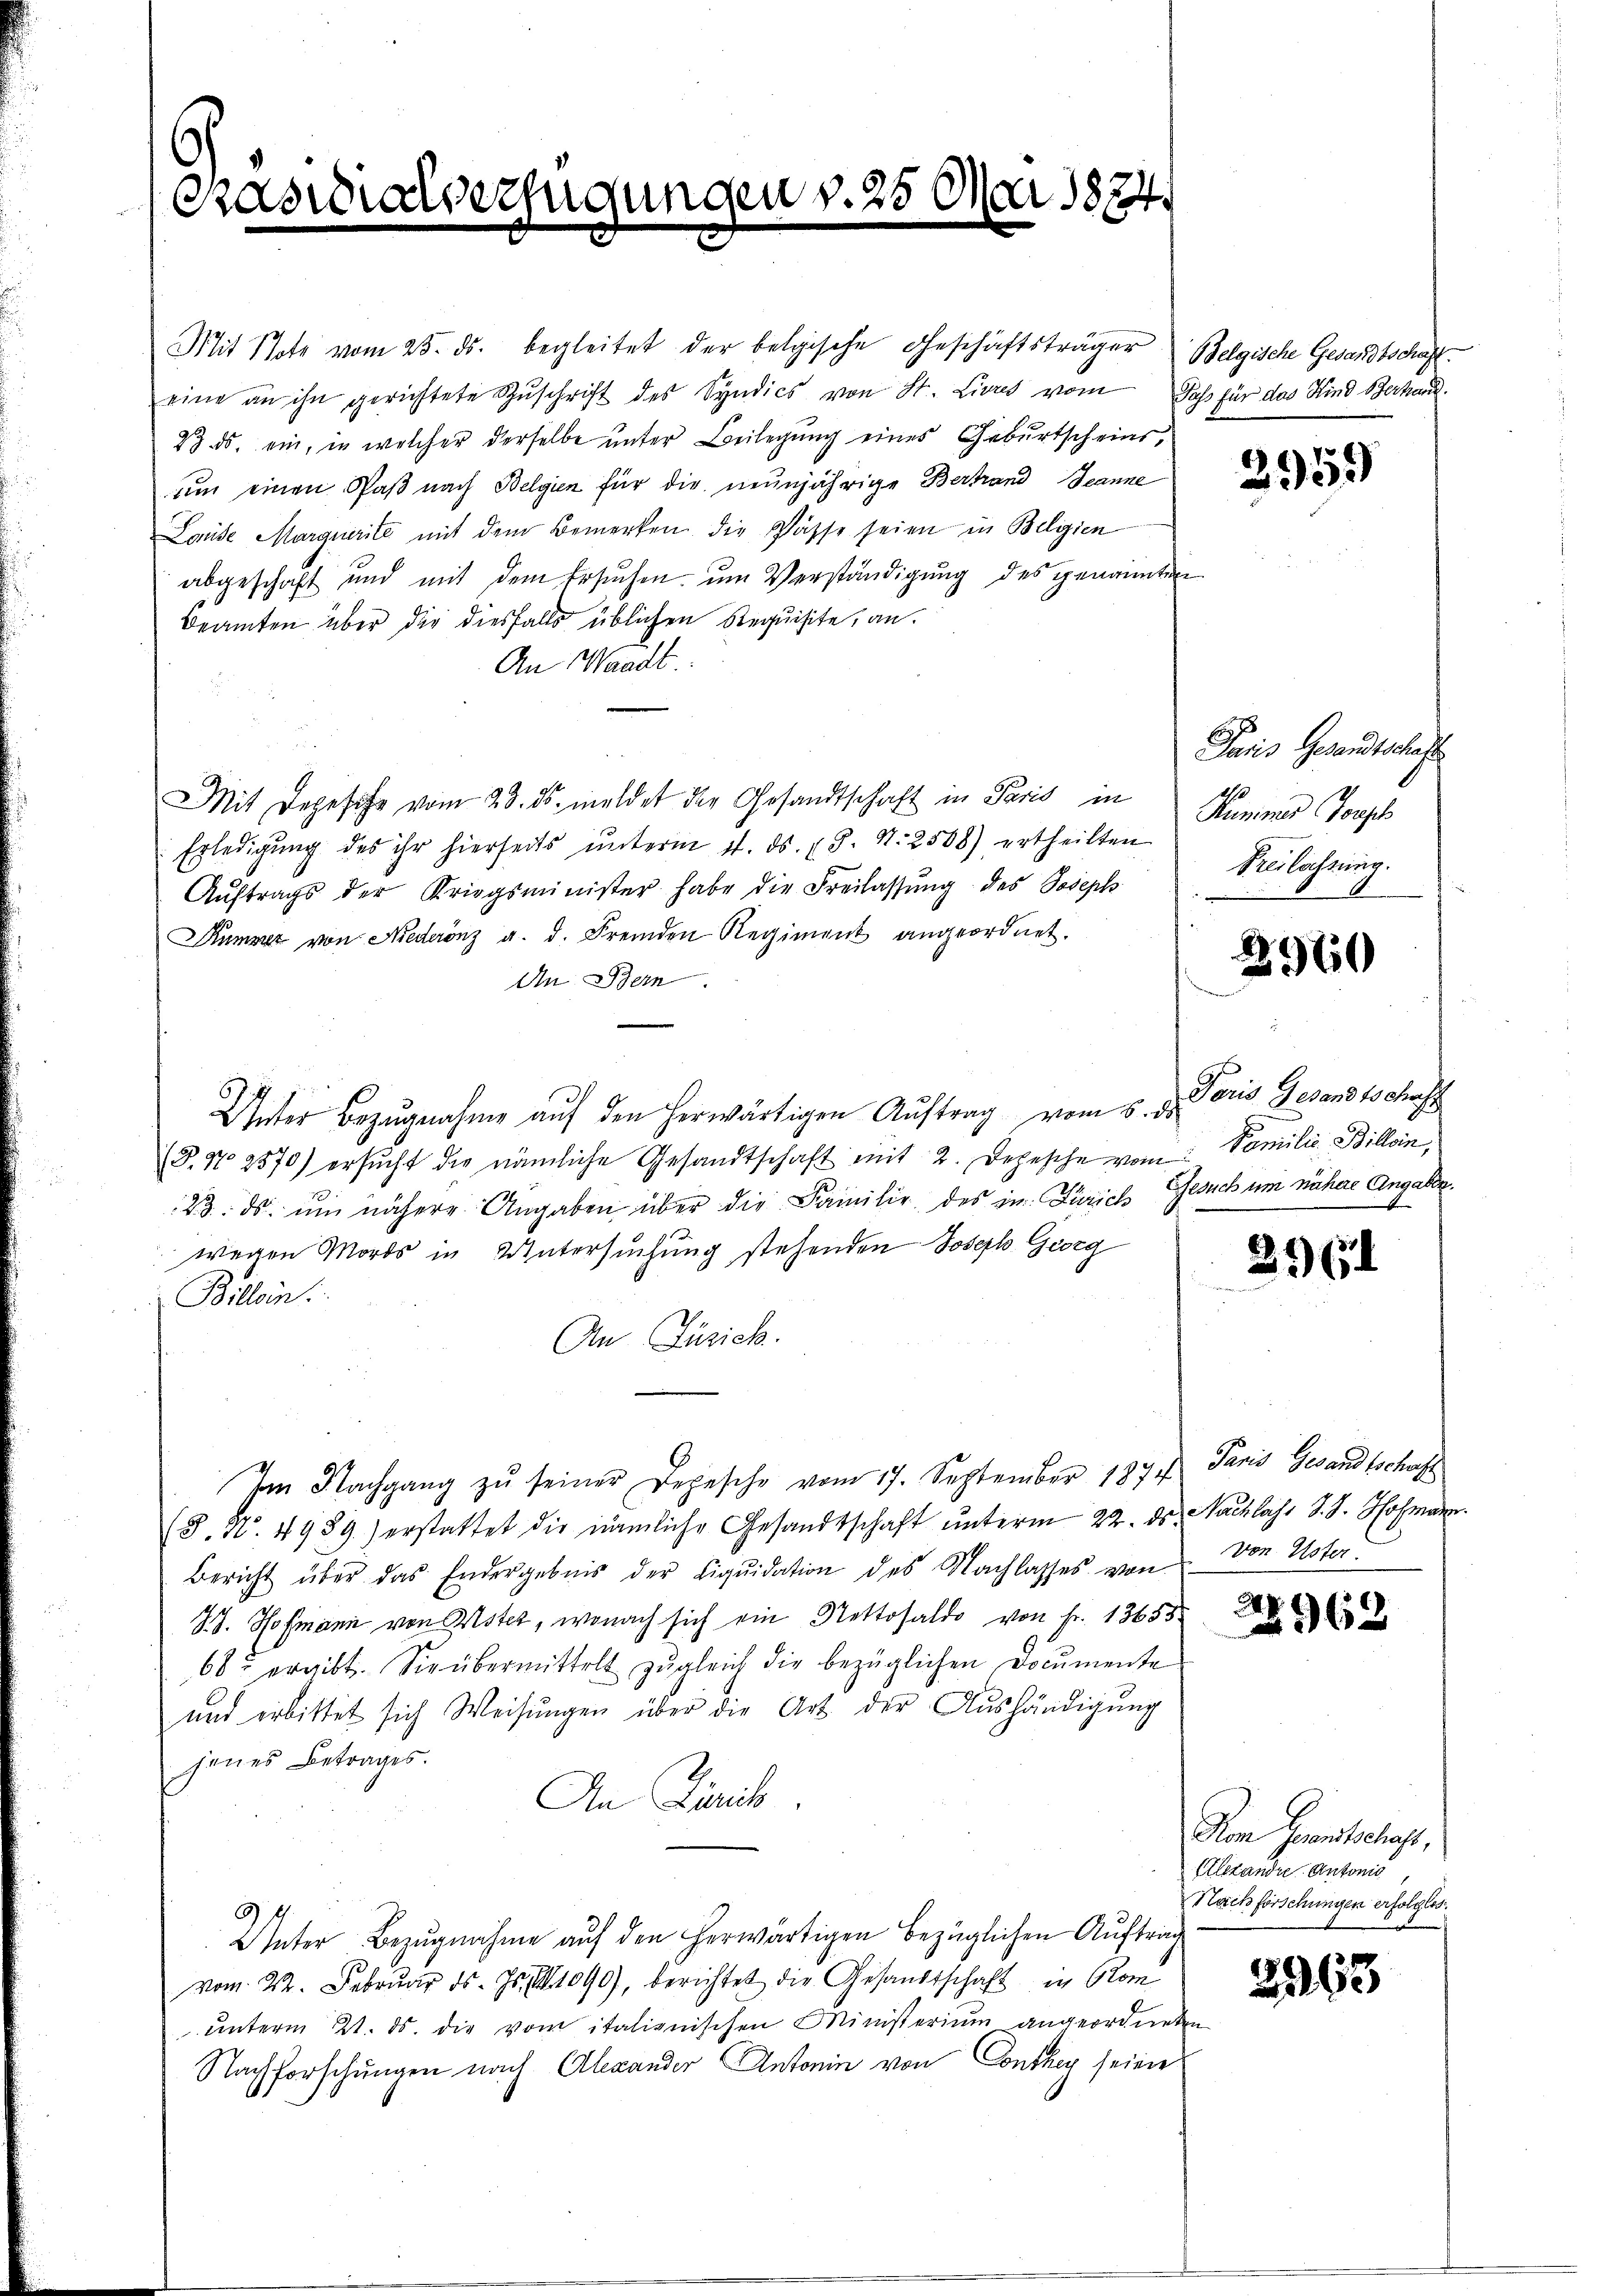
¬
Brasialserse

jungen v. 25 Mai 1874.

Mit Note vom 25. ds. begleitet der belgische Geschäftsträger Belgische Gesandtschaft
eine an ihn gerichtete Zŭschrift des Syndics von St. Livres vom Jass für das Kind Verhand
23. ds. ein, in welcher derselbe unter Beilegung eines Geburtscheins,
um einen Paß nach Belgien für die neunjährige Bertrand Jeanne
Lande Marguerite mit dem Bemerken die Pässe seien in Beligien
abgeschaft und mit dem Ersuchen um Verständigung des genannten
Beamten über der diesfalls üblichen Requisite, an.
An Waadt.
Mit Depesche vom 28. ds. meldet der Gesandtschaft in Paris in
Erledigung des ihr hierseits ŭnterm 11. ds. 18. N. 2568) ertheilten
Aŭftrags der Kriegsminister habe die Freilassŭng des Joseph
Kumser von Niederenz a. d. Fremden Regiment angeordnet.
An Bern
Unter Bezugnahme auf den herwärtigen Auftrag vom 5. d. Paris Gesand 18 hast
(§. No 2570) ersŭcht die nämliche Gesandtschaft mit 2. Depesche vom Familie Billein,
23. ds. ŭm nähere Angaben über die Familie des im Zürich Gesuch um nähere Angaben.
wegen Mords in Untersuchung stehenden Joseph Georg
Billein.
An Zusich.
Im Nachgang zŭ seiner Depesche vom 17. September 187 Paris Gesandtschaft
(8. N. 4989) erstattet die nämliche Gesandtschaft ŭnterm 22. ds. Nachlass S. S. Hofmann.
Bericht über das Endergebnis der Liqŭidation des Nachlasses von
77. Hofmann von Uster, wonach sich ein Nettosaldo von Fr. 13653.
68 ergibt. Sie übermittelt zŭgleich die bezüglichen Documente
und erbittet sich Weisŭngen über die Art der Aushändigŭng
jenes Betrages.
An Zürich.
Unter Bezŭgnahme aŭf den herwärtigen bezüglichen Aŭftrag
vom 22. Februar d. Js., 1090), berichtet die Gesandtschaft in Kom
unterm 21. ds. die vom italienischen Ministerium angeordneten
Nachforschungen nach Alexander Antonin von Conthey seiner

2959

Paris Gesandtschaft
Pumines Torph
Freilassung.

2960

29 (1

von Uster.

3
22963

Non Gunstschaft,
Alstande Antonio,
Nachforschungen erfolglos.

2963